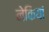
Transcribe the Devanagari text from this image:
नेकियां